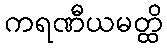
ကရဏီယမတ္ထိ